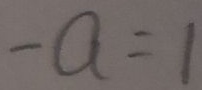
- a = 1